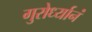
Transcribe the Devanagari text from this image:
गुरोर्ध्यानं